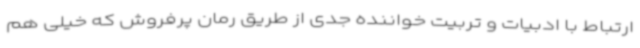
ارتباط با ادبیات و تربیت خواننده جدی از طریق رمان پرفروش که خیلی هم